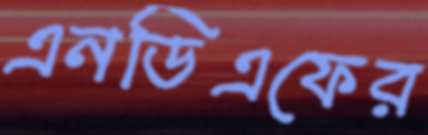
এনডিএফের